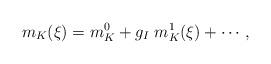
LaTeX: \begin{align*}m_K(\xi) = m_K^0 + g_I\; m_K^1(\xi) + \cdots , \end{align*}